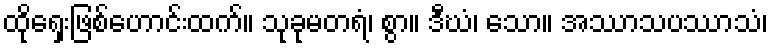
ထိုရှေးဖြစ်ဟောင်းထက်။ သုခုမတရံ၊ စွာ။ ဒီဃံ၊ သော။ အဿာသပဿာသံ၊